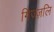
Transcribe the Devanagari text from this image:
गिज्ज़लि